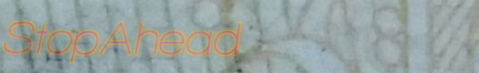
StopAhead